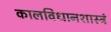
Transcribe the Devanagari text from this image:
कालविधानशास्त्रं